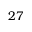
2 7